Report of the Indian Hemp Drugs Commission, 1894-1895 - Volume I
Year: 1894
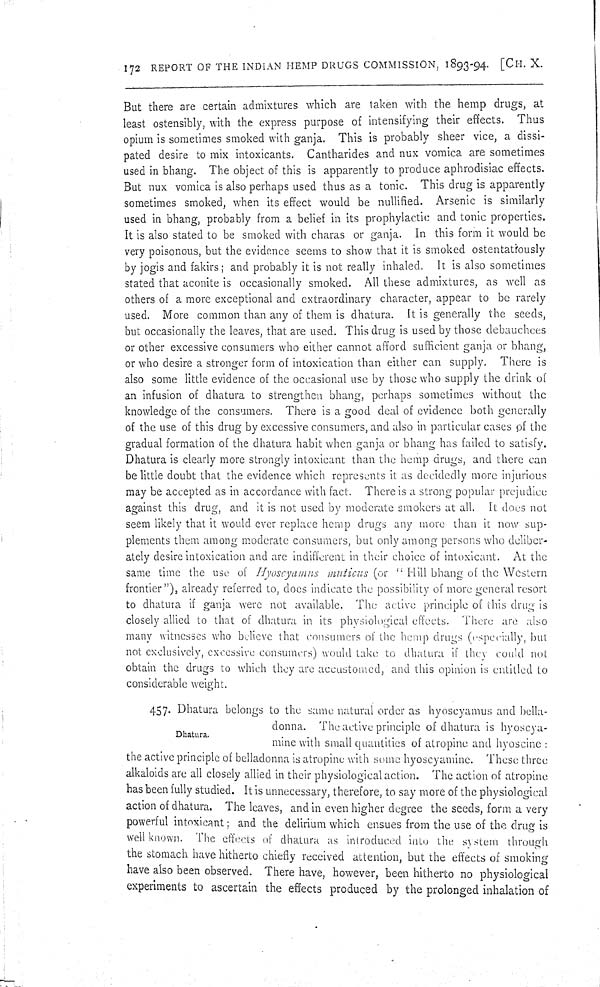
172 REPORT OF THE INDIAN HEMP DRUGS COMMISSION, 1893-94. [CH. X.
But there are certain admixtures which are taken with the hemp drugs, at
least ostensibly, with the express purpose of intensifying their effects. Thus
opium is sometimes smoked with ganja. This is probably sheer vice, a dissi-
pated desire to mix intoxicants. Cantharides and nux vomica are sometimes
used in bhang. The object of this is apparently to produce aphrodisiac effects.
But nux vomica is also perhaps used thus as a tonic. This drug is apparently
sometimes smoked, when its effect would be nullified. Arsenic is similarly
used in bhang, probably from a belief in its prophylactic and tonic properties.
It is also stated to be smoked with charas or ganja. In this form it would be
very poisonous, but the evidence seems to show that it is smoked ostentatiously
by jogis and fakirs; and probably it is not really inhaled. It is also sometimes
stated that aconite is occasionally smoked. All these admixtures, as well as
others of a more exceptional and extraordinary character, appear to be rarely
used. More common than any of them is dhatura. It is generally the seeds,
but occasionally the leaves, that are used. This drug is used by those debauchees
or other excessive consumers who either cannot afford sufficient ganja or bhang,
or who desire a stronger form of intoxication than either can supply. There is
also some little evidence of the occasional use by those who supply the drink of
an infusion of dhatura to strengthen bhang, perhaps sometimes without the
knowledge of the consumers. There is a good deal of evidence both generally
of the use of this drug by excessive consumers, and also in particular cases of the
gradual formation of the dhatura habit when ganja or bhang has failed to satisfy.
Dhatura is clearly more strongly intoxicant than the hemp drugs, and there can
be little doubt that the evidence which represents it as decidedly more injurious
may be accepted as in accordance with fact. There is a strong popular prejudice
against this drug, and it is not used by moderate smokers at all. It does not
seem likely that it would ever replace hemp drugs any more than it now sup-
plements them among moderate consumers, but only among persons who deliber-
ately desire intoxication and are indifferent in their choice of intoxicant. At the
same time the use of Hyoscyamns muticus (or "Hill bhang of the Western
frontier"), already referred to, does indicate the possibility of more general resort
to dhatura if ganja were not available. The active principle of this drug is
closely allied to that of dhatura in its physiological effects. There are also
many witnesses who believe that consumers of the hemp drugs (especially, but
not exclusively, excessive consumers) would take to dhatura if they could not
obtain the drugs to which they are accustomed, and this opinion is entitled to
considerable weight.
Dhatura.
457. Dhatura belongs to the same natural order as hyoscyamus and bella-
donna. The active principle of dhatura is hyoscya-
mine with small quantities of atropine and hyoscine:
the active principle of belladonna is atropine with some hyoscyaminc. These three
alkaloids are all closely allied in their physiological action. The action of atropine
has been fully studied. It is unnecessary, therefore, to say more of the physiological
action of dhatura. The leaves, and in even higher degree the seeds, form a very
powerful intoxicant; and the delirium which ensues from the use of the drug is
well known. The effects of dhatura as introduced into the system through
the stomach have hitherto chiefly received attention, but the effects of smoking
have also been observed. There have, however, been hitherto no physiological
experiments to ascertain the effects produced by the prolonged inhalation of